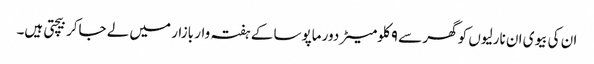
ان کی بیوی ان نارلیوں کو گھر سے ۹ کلومیٹر دور ماپوسا کے ہفتہ وار بازار میں لے جاکر بیچتی ہیں۔